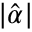
| { \hat { \alpha } } |